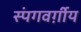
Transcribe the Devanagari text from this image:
स्पंगवर्ग़ीय